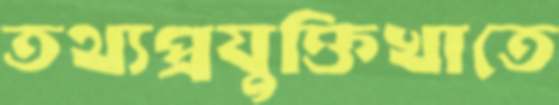
তথ্যপ্রযুক্তিখাতে